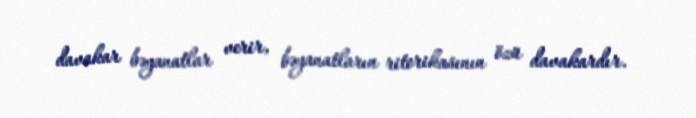
davakar bəyanatlar verir, bəyanatların ritorikasının özü davakardır.